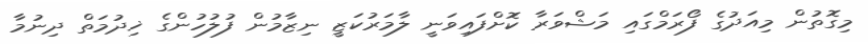
މިގޮތުން މިއަދުގެ ފޯރަމްގައި މަޝްވަރާ ކޮަށްފައިވަނީ ލާމަރުކަޒީ ނިޒާމުން ފުލުހުންގެ ޚިދުމަތް ދިނުމާ